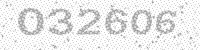
Solution: 032606